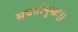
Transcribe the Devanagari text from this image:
सर्वतोमुखः।।